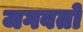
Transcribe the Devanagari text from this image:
जगवतो